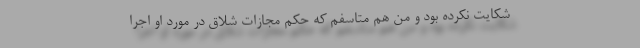
شکایت نکرده بود و من هم متاسفم که حکم مجازات شلاق در مورد او اجرا